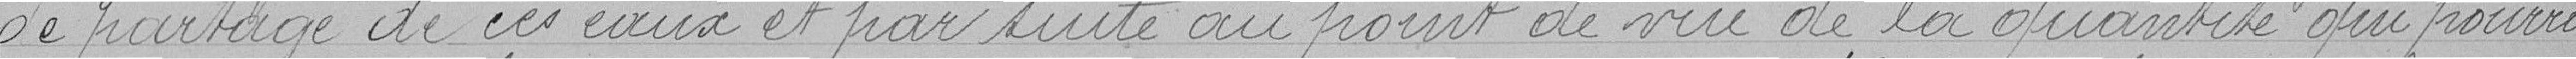
de partage de ces eaux et par suite au point de vue de la quantité qui pourra